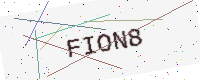
Text: FION8